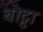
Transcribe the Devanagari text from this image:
बोट्टा